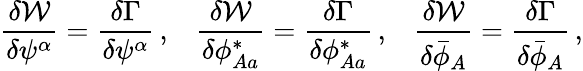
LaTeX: \frac{\delta{\cal W}}{\delta\psi^{\alpha}}=\frac{\delta\Gamma}{\delta\psi^{\alpha}}\, ,\; \; \; \frac{\delta{\cal W}}{\delta\phi_{Aa}^{*}}=\frac{\delta\Gamma}{\delta\phi_{Aa}^{*}}\, ,\; \; \; \frac{\delta{\cal W}}{\delta\bar{\phi}_{A}}=\frac{\delta\Gamma}{\delta\bar{\phi}_{A}}\, ,